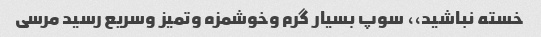
خسته نباشید،، سوپ بسیار گرم وخوشمزه وتمیز وسریع رسید مرسی